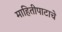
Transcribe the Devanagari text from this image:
माहितीपाटाचे